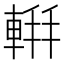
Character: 𫏹